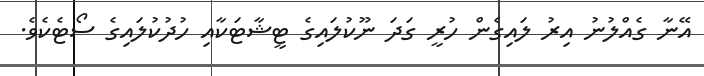
އޭނާ ގެއްލުނު އިރު ލައިގެން ހުރީ ގަދަ ނޫކުލައިގެ ޓީޝާޓަކާއި ހުދުކުލައިގެ ސޯޓެކެވެ.